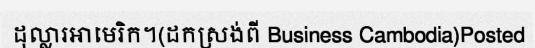
ដុល្លារអាមេរិក។(ដកស្រង់ពី Business Cambodia)Posted